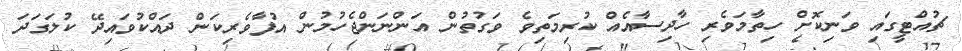
ޗުއްޓީގައި ވަނިކޮށް ހިތާމަވެރި ހާދިސާއެއް ކުރިމަތިވެ ވަގުތުން އަންނަންޖެހުމުން އުފާވެރިކަން ދައްކުވައިދޭ ކުލަގަދަ